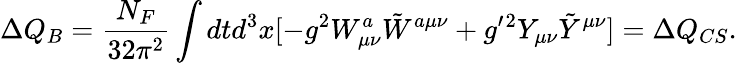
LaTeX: \Delta Q_{B}={\frac{N_{F}}{32\pi^{2}}}\int dtd^{3}x[-g^{2}W_{\mu\nu}^{a}{\tilde{W}}^{a\mu\nu}+{g^{\prime}}{}^{2}Y_{\mu\nu}{\tilde{Y}}^{\mu\nu}]=\Delta Q_{CS}.